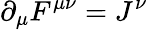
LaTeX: \partial_{\mu}F^{\mu\nu}=J^{\nu}